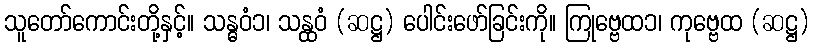
သူတော်ကောင်းတို့နှင့်။ သန္ဓဝံ၁၊ သန္ထဝံ (ဆဋ္ဌ) ပေါင်းဖော်ခြင်းကို။ ကြုဗ္ဗေထ၁၊ ကုဗ္ဗေထ (ဆဋ္ဌ)